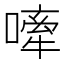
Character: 𫫣